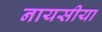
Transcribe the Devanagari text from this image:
नायसीया